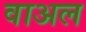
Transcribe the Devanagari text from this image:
वाअल